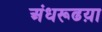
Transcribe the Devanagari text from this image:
अंधरूढय़ा